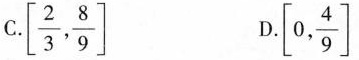
C. \left[\frac{2}{3}, \frac{8}{9}\right] D .\left[0, \frac{4}{9}\right]